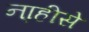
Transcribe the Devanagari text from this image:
ना्हीसे